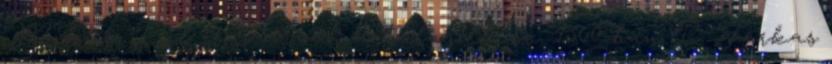
Miklós, Pál és István a tulajdonosa. 1560-ban P. Farkas